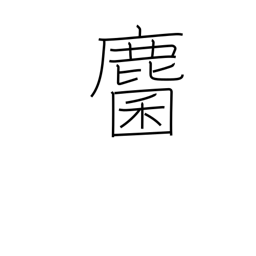
Meaning: roe deer